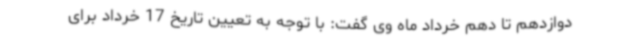
دوازدهم تا دهم خرداد ماه وی گفت: با توجه به تعیین تاریخ 17 خرداد برای